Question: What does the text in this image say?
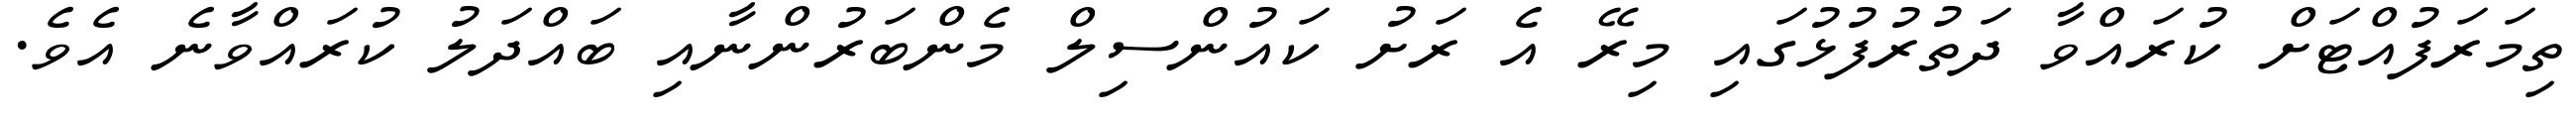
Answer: ތިމަރަފުއްޓަށް ކުރައްވާ ދަތުރުފުޅުގައި މިރޭ އެ ރަށު ކައުންސިލް މެންބަރުންނާއި ބައްދަލު ކުރައްވާނެ އެވެ.